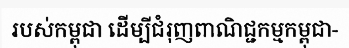
របស់កម្ពុជា ដើម្បីជំរុញពាណិជ្ជកម្មកម្ពុជា-